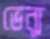
ভেন্যু